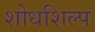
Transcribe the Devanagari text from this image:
शोधशिल्प